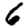
Digit: 6